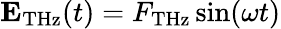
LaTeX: \mathbf{E}_{\mathrm{{THz}}}(t)=F_{\mathrm{{THz}}}\sin(\omega t)